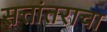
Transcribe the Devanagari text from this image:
सत्तांतराचा